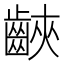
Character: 䶝